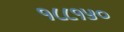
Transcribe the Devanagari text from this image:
१८८१५०